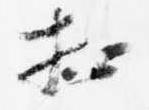
相